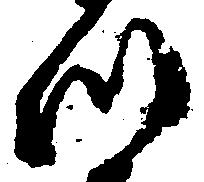
つ